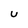
Character: U